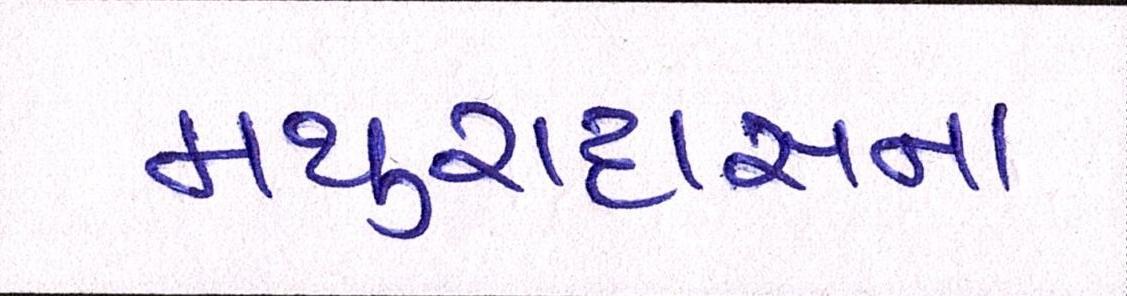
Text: મથુરાદાસના